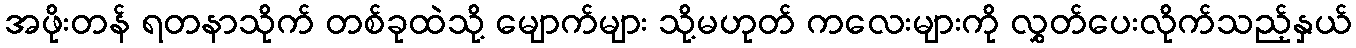
အဖိုးတန် ရတနာသိုက် တစ်ခုထဲသို့ မျောက်များ သို့မဟုတ် ကလေးများကို လွှတ်ပေးလိုက်သည့်နှယ်